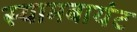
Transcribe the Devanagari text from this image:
स्‍यामबायंट